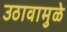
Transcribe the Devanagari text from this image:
उठावामुळे